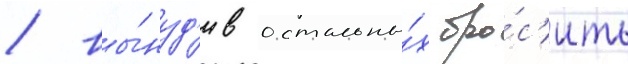
/ вы́нуд'ив остальны́х бро́с'ить